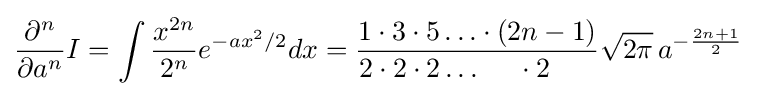
{\frac {\partial ^{n}}{\partial a^{n}}}I=\int {\frac {x^{2n}}{2^{n}}}e^{-ax^{2}/2}dx={\frac {1\cdot 3\cdot 5\ldots \cdot (2n-1)}{2\cdot 2\cdot 2\ldots \;\;\;\;\;\cdot 2\;\;\;\;\;\;}}{\sqrt {2\pi }}\,a^{-{\frac {2n+1}{2}}}